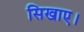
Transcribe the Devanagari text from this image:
सिखाए।